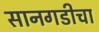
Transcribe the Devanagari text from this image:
सानगडीचा